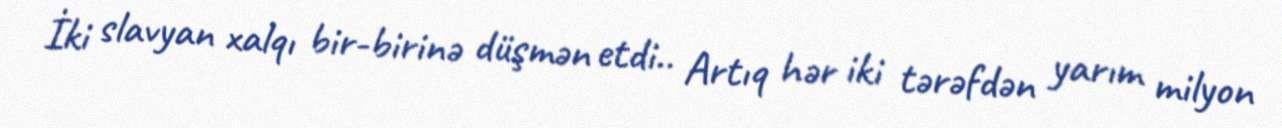
İki slavyan xalqı bir-birinə düşmən etdi.. Artıq hər iki tərəfdən yarım milyon